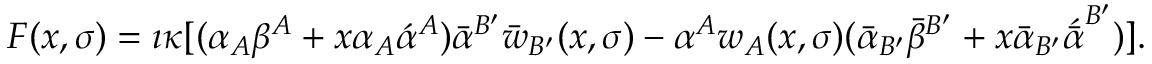
F ( x , \sigma ) = \i \kappa [ ( \alpha _ { A } \beta ^ { A } + x \alpha _ { A } \acute { \alpha } ^ { A } ) \bar { \alpha } ^ { B ^ { \prime } } \bar { w } _ { B ^ { \prime } } ( x , \sigma ) - \alpha ^ { A } w _ { A } ( x , \sigma ) ( \bar { \alpha } _ { B ^ { \prime } } \bar { \beta } ^ { B ^ { \prime } } + x \bar { \alpha } _ { B ^ { \prime } } \acute { \bar { \alpha } } ^ { B ^ { \prime } } ) ] .